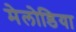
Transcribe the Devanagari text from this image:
मेलोडिया